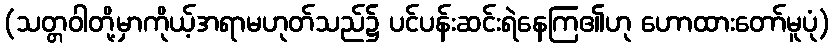
(သတ္တဝါတို့မှာကိုယ့်အရာမဟုတ်သည်၌ ပင်ပန်းဆင်းရဲနေကြ၏ဟု ဟောထားတော်မူပုံ)